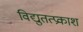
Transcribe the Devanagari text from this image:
विद्युतत्प्रकाश